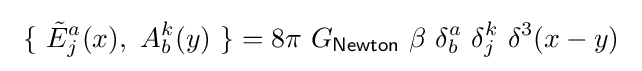
\ \{\ {\tilde {E}}_{j}^{a}(x),\ A_{b}^{k}(y)\ \}=8\pi \ G_{\mathsf {Newton}}\ \beta \ \delta _{b}^{a}\ \delta _{j}^{k}\ \delta ^{3}(x-y)~